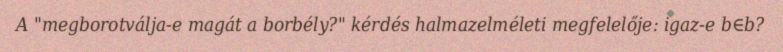
A "megborotválja-e magát a borbély?" kérdés halmazelméleti megfelelője: igaz-e b∈b?